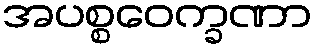
အပစ္စဝေက္ခဏာ